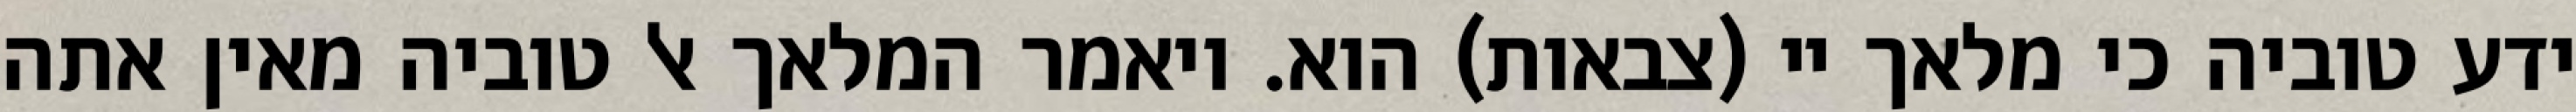
ידע טוביה כי מלאך יי (צבאות) הוא. ויאמר המלאך אל טוביה מאין אתה